Indian Medical Review
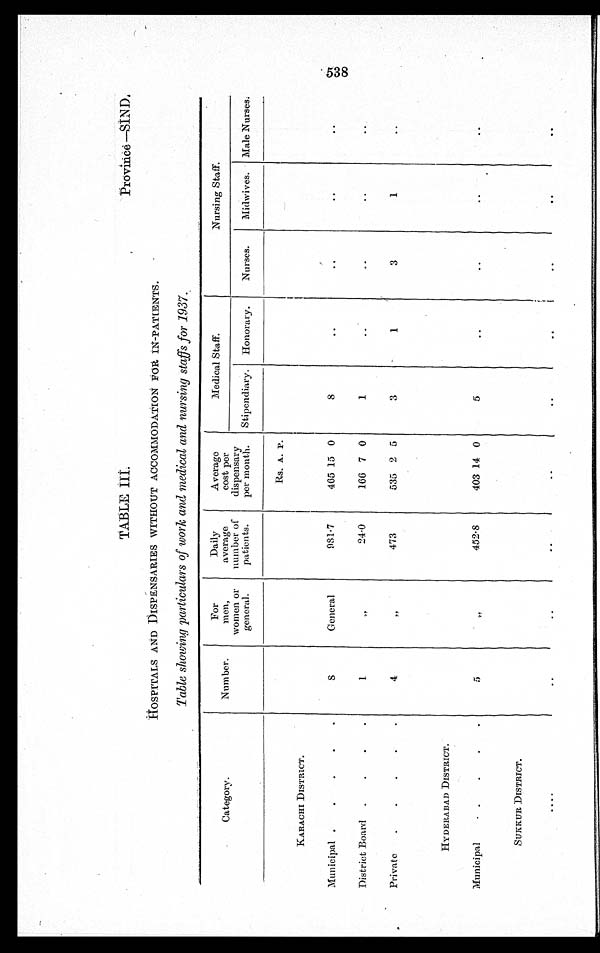
Province —SIN D,
TABLE III.
HOSPITALS AND DISPENSARIES WITHOUT ACCOMMODATION FOR IN-PATIENTS.
Table showing particulars of work and medical and nursing staffs for 1937.
Category.
Number.
For
men,
women or
general.
Daily
average
number of
patients.
Average
cost per
dispensary
per mouth.
Medical Staff.
Nursing Staff.
Stipendiary.
Honorary.
Nurses.
Midwives.
Male Nurses.
KARACHI DISTRICT.
8
General
981.7
Rs. A. P.
8
..
. .
..
..
Municipal .
.
.
.
.
465 15 0
District Board
.
.
.
.
1
„
24.0
166 7 0
1
..
. .
..
..
Private
.
.
. . .
4
„
473
535 2 5
3
1
3
1
..
HYDERABAD DISTRICT.
5
„
452.8
403 14 0
5
..
..
. .
..
Municipal
. . . . .
SUKKUR DISTRICT.
. .
. .
. .
. .
. .
. .
. .
. .
. .
. . . .
538